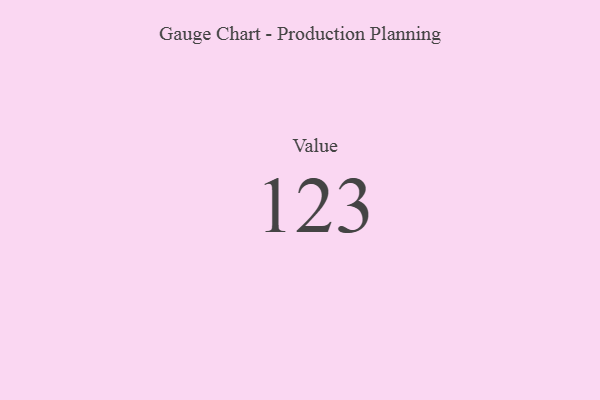
{"axis": {"x": "Metric", "y": "Value"}, "legend": [""], "data": [{"x": "Value", "y": 123, "type": ""}]}